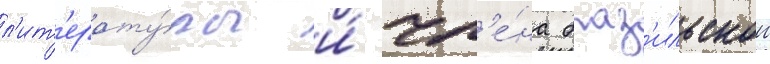
л'ит'ерату́ры и́ чл'е́на браз'ильскои